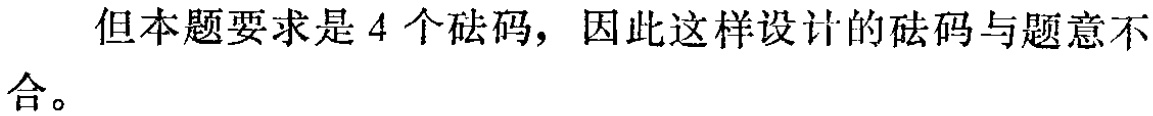
但本题要求是 4 个砝码，因此这样设计的砝码与题意不合。